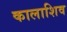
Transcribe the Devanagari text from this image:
कालाशिव